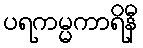
ပရကမ္မကာရိနီ